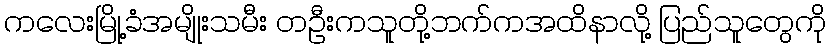
ကလေးမြို့ခံအမျိုးသမီး တဦးကသူတို့ဘက်ကအထိနာလို့ ပြည်သူတွေကို